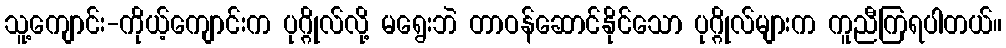
သူ့ကျောင်း-ကိုယ့်ကျောင်းက ပုဂ္ဂိုလ်လို့ မရွေးဘဲ တာဝန်ဆောင်နိုင်သော ပုဂ္ဂိုလ်များက ကူညီကြရပါတယ်။